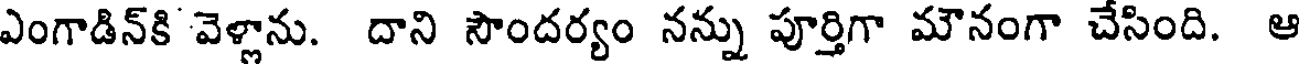
ఎంగాడిన్కి వెళ్లాను. దాని సౌందర్యం నన్ను పూర్తిగా మౌనంగా చేసింది. ఆ